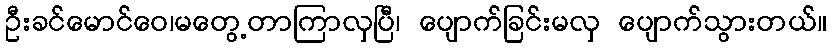
ဦးခင်မောင်ဝေ၊မတွေ့တာကြာလှပြီ၊ ပျောက်ခြင်းမလှ ပျောက်သွားတယ်။